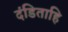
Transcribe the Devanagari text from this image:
दंडिताहि